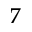
7